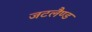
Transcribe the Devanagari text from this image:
जटलैण्ड